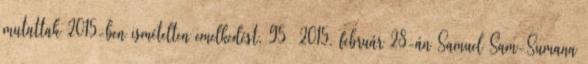
mutattak 2015-ben ismételten emelkedést. 95 2015. február 28-án Samuel Sam-Sumana